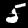
Digit: 5